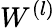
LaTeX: W^{(l)}